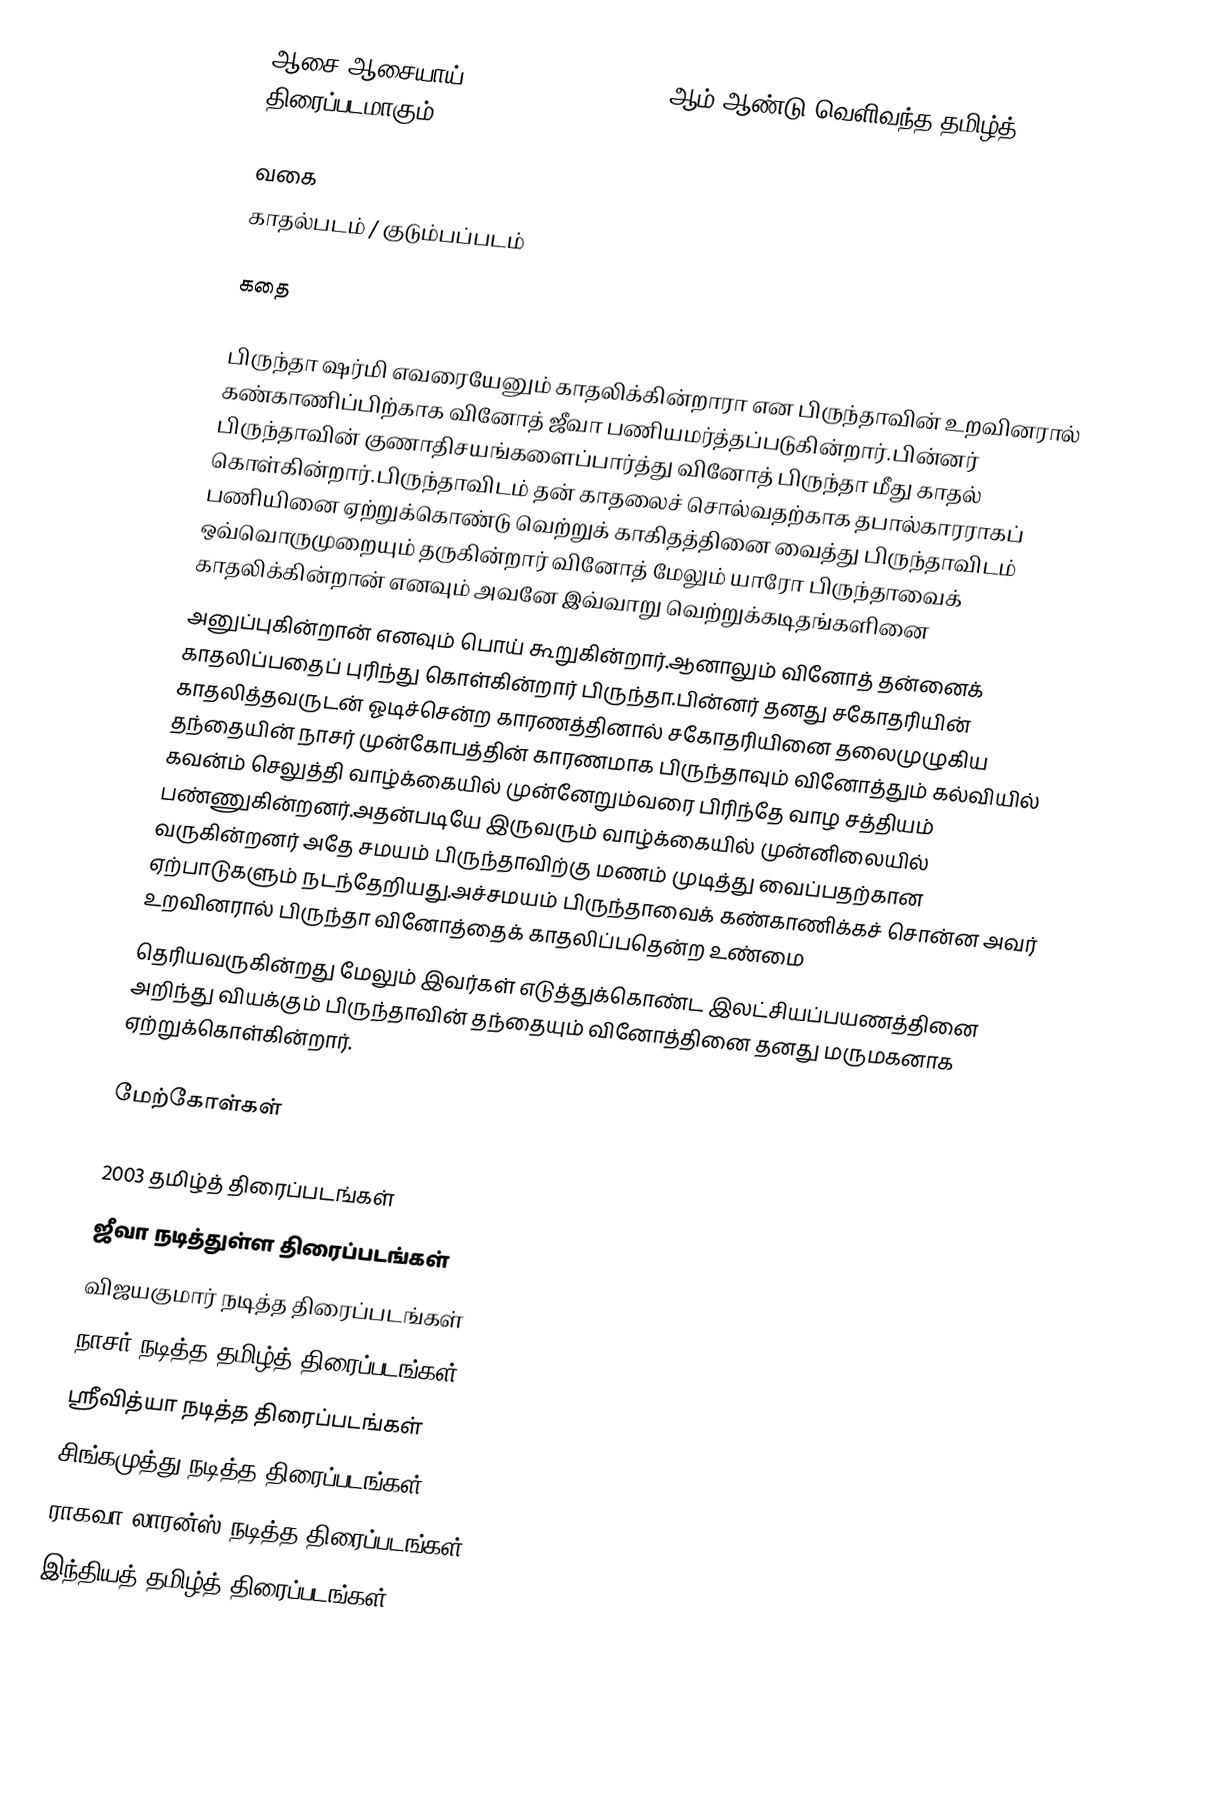
ஆசை ஆசையாய் (Aasai Aasaiyai) 2003 ஆம் ஆண்டு வெளிவந்த தமிழ்த் திரைப்படமாகும்.

வகை
காதல்படம் / குடும்பப்படம்

கதை

பிருந்தா ஷர்மி எவரையேனும் காதலிக்கின்றாரா என பிருந்தாவின் உறவினரால் கண்காணிப்பிற்காக வினோத் ஜீவா பணியமர்த்தப்படுகின்றார்.பின்னர் பிருந்தாவின் குணாதிசயங்களைப்பார்த்து வினோத் பிருந்தா மீது காதல் கொள்கின்றார்.பிருந்தாவிடம் தன் காதலைச் சொல்வதற்காக தபால்காரராகப் பணியினை ஏற்றுக்கொண்டு வெற்றுக் காகிதத்தினை வைத்து பிருந்தாவிடம் ஒவ்வொருமுறையும் தருகின்றார் வினோத் மேலும் யாரோ பிருந்தாவைக் காதலிக்கின்றான் எனவும் அவனே இவ்வாறு வெற்றுக்கடிதங்களினை
அனுப்புகின்றான் எனவும் பொய் கூறுகின்றார்.ஆனாலும் வினோத் தன்னைக் காதலிப்பதைப் புரிந்து கொள்கின்றார் பிருந்தா.பின்னர் தனது சகோதரியின் காதலித்தவருடன் ஓடிச்சென்ற காரணத்தினால் சகோதரியினை தலைமுழுகிய தந்தையின் நாசர் முன்கோபத்தின் காரணமாக பிருந்தாவும் வினோத்தும் கல்வியில் கவன்ம் செலுத்தி வாழ்க்கையில் முன்னேறும்வரை பிரிந்தே வாழ சத்தியம் பண்ணுகின்றனர்.அதன்படியே இருவரும் வாழ்க்கையில் முன்னிலையில் வருகின்றனர் அதே சமயம் பிருந்தாவிற்கு மணம் முடித்து வைப்பதற்கான ஏற்பாடுகளும் நடந்தேறியது.அச்சமயம் பிருந்தாவைக் கண்காணிக்கச் சொன்ன அவர் உறவினரால் பிருந்தா வினோத்தைக் காதலிப்பதென்ற உண்மை
தெரியவருகின்றது மேலும் இவர்கள் எடுத்துக்கொண்ட இலட்சியப்பயணத்தினை அறிந்து வியக்கும் பிருந்தாவின் தந்தையும் வினோத்தினை தனது மருமகனாக ஏற்றுக்கொள்கின்றார்.

மேற்கோள்கள்

2003 தமிழ்த் திரைப்படங்கள்
ஜீவா நடித்துள்ள திரைப்படங்கள்
விஜயகுமார் நடித்த திரைப்படங்கள்
நாசர் நடித்த தமிழ்த் திரைப்படங்கள்
ஸ்ரீவித்யா நடித்த திரைப்படங்கள்
சிங்கமுத்து நடித்த திரைப்படங்கள்
ராகவா லாரன்ஸ் நடித்த திரைப்படங்கள்
இந்தியத் தமிழ்த் திரைப்படங்கள்